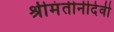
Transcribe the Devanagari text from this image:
श्रीमंतीनीदेवी